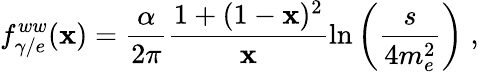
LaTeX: f_{\gamma/e}^{ww}(\mathbf{x})=\frac{{\alpha}}{{2\pi}}\frac{{1+(1-\mathbf{x})^{2}}}{{\mathbf{x}}}\ln\left(\frac{{s}}{{4m_{e}^{2}}}\right)\; ,